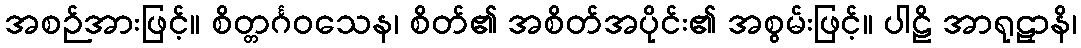
အစဉ်အားဖြင့်။ စိတ္တင်္ဂဝသေန၊ စိတ်၏ အစိတ်အပိုင်း၏ အစွမ်းဖြင့်။ ပါဠိ အာရုဠှာနိ၊